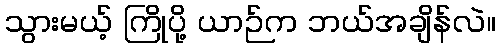
သွားမယ့် ကြိုပို့ ယာဉ်က ဘယ်အချိန်လဲ။